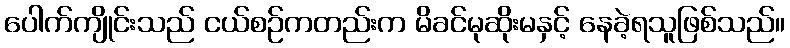
ပေါက်ကျိုင်းသည် ငယ်စဉ်ကတည်းက မိခင်မုဆိုးမနှင့် နေခဲ့ရသူဖြစ်သည်။